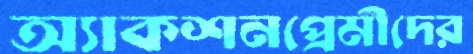
অ্যাকশনপ্রেমীদের